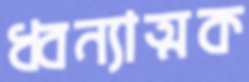
ধ্বন্যাত্মক